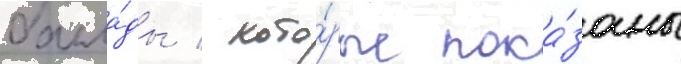
балла́ды / кото́рые пока́заны